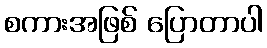
စကားအဖြစ် ပြောတာပါ